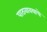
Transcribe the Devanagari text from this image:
पाठवावयाचे